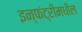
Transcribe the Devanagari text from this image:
इन्फंट्रीमधील